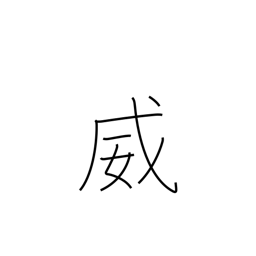
Meaning: threaten